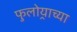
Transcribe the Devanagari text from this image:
फुलोर्‍याच्या